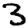
Digit: 3